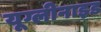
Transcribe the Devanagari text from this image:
यूग्लीनाइड